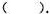
( ).